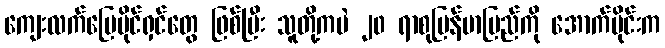
ကျေးလက်မြေပိုင်ရှင်တွေ ဖြစ်ပြီး သူတို့ကပဲ ၂၀ ရာစုမြန်မာပြည်ကို အောက်ပိုင်းက